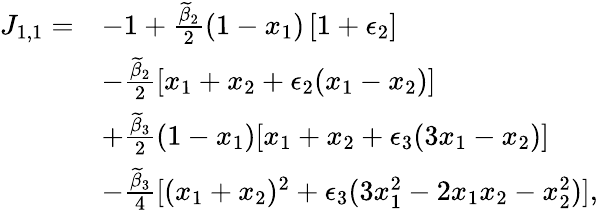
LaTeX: \begin{array}{rl}{J_{1,1}=}&{-1+\frac{\widetilde{\beta}_{2}}{2}(1-x_{1})\left[1+\epsilon_{2}\right]}\\ &{-\frac{\widetilde{\beta}_{2}}{2}[x_{1}+x_{2}+\epsilon_{2}(x_{1}-x_{2})]}\\ &{+\frac{\widetilde{\beta}_{3}}{2}(1-x_{1})[x_{1}+x_{2}+\epsilon_{3}(3x_{1}-x_{2})]}\\ &{-\frac{\widetilde{\beta}_{3}}{4}[(x_{1}+x_{2})^{2}+\epsilon_{3}(3x_{1}^{2}-2x_{1}x_{2}-x_{2}^{2})],}\end{array}